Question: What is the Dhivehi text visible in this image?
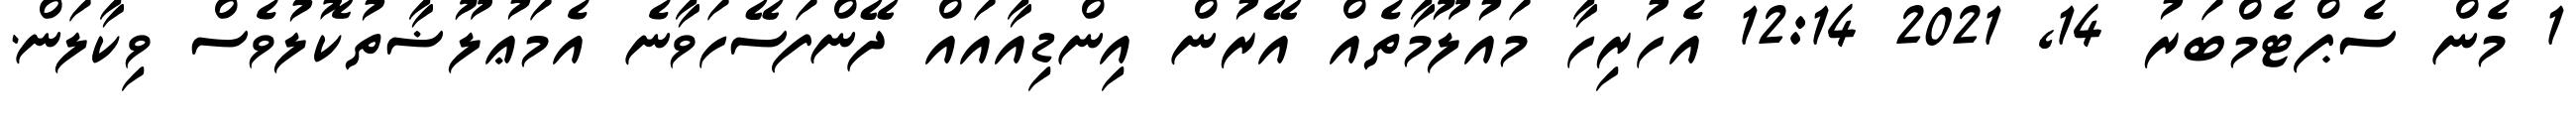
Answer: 1 މެން ސެޕްޓެމްބަރު 14, 2021 12:14 އެހުރިހާ މައުލޫމާތެއް އޭރުން އިންޑިއާއައް ދޭންފަސޭހަވާނެ އެމަޢުލޫޟާތުކޮލުވެސް ވިކާލަން.